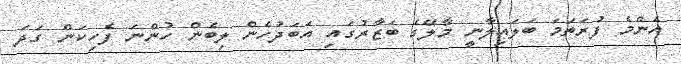
އެންމެ ފުރަތަމަ ބަލައިލާނީ މާލޭގެ ބަޒާރުގައި އަބަދުހެން ލިބެން ހުންނަ ފެހިކަން ގަދަ